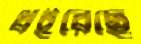
ধইরেছে